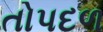
તોપદળ